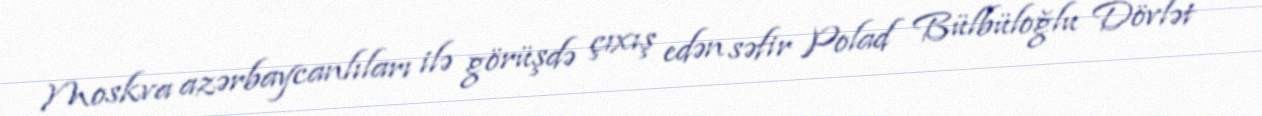
Moskva azərbaycanlıları ilə görüşdə çıxış edən səfir Polad Bülbüloğlu Dövlət